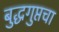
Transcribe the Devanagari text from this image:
बुद्धगुप्तचा